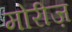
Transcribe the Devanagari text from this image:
मोरीज़